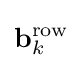
\mathbf {b} _{k}^{\text{row}}